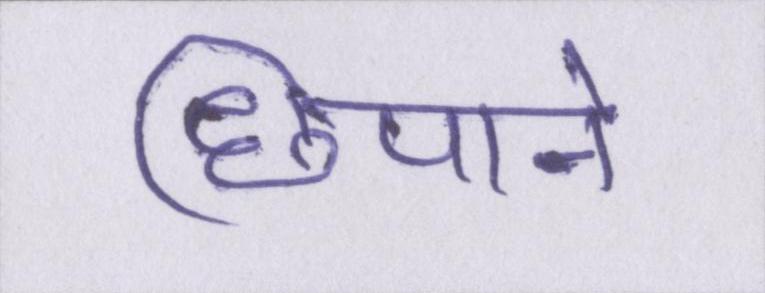
छिपाने